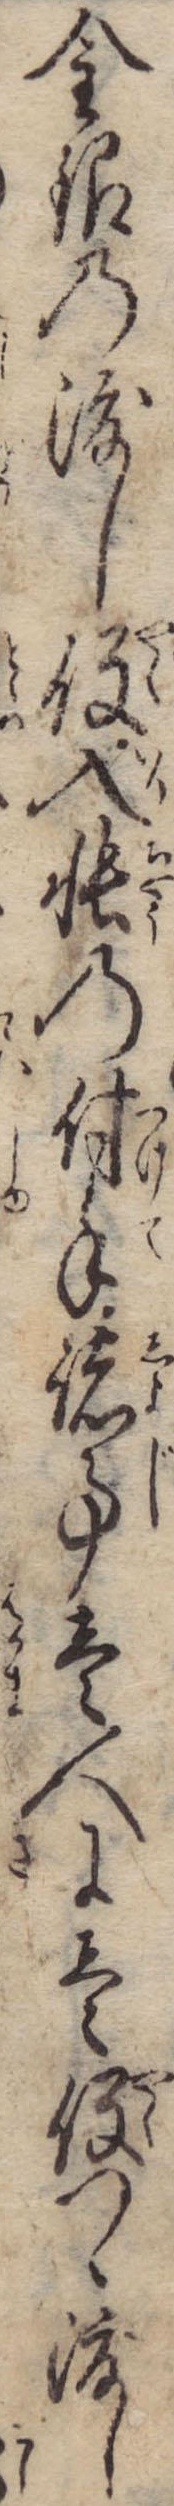
金銀の渡し役入帳の付手諸事壱人に壱役つゝ渡し